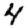
Digit: 4